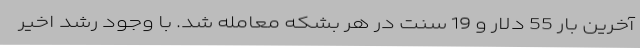
آخرین بار 55 دلار و 19 سنت در هر بشکه معامله شد. با وجود رشد اخیر